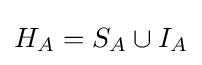
{\textstyle H_{A}=S_{A}\cup I_{A}}